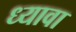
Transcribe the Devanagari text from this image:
ध्यावा